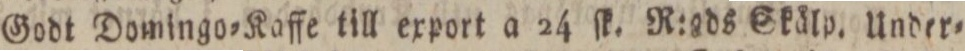
Godt Domingo=Kaffe till export a 24 ſk. R:ads Skälp. Under=